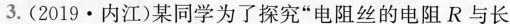
3.(2019·内江)某同学为了探究”电阻丝的电阻R与长